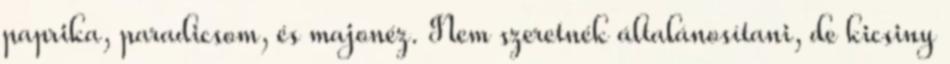
paprika, paradicsom, és majonéz. Nem szeretnék általánosítani, de kicsiny